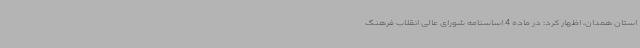
استان همدان، اظهار کرد: در ماده 4 اساسنامه شورای عالی انقلاب فرهنگ